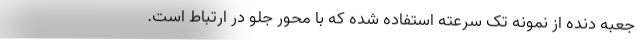
جعبه دنده از نمونه تک سرعته استفاده شده که با محور جلو در ارتباط است.